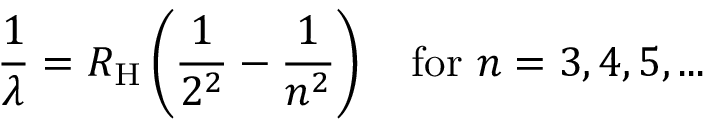
{ \frac { 1 } { \lambda } } = R _ { \mathrm { H } } \left( { \frac { 1 } { 2 ^ { 2 } } } - { \frac { 1 } { n ^ { 2 } } } \right) \quad { \mathrm { f o r } } \ n = 3 , 4 , 5 , . . .